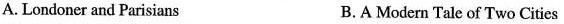
A. Londoner and Parisians B. A Modern Tale of Two Cities